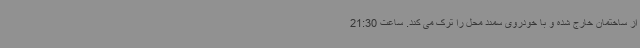
از ساختمان خارج شده و با خودروی سمند محل را ترک می کند. ساعت 21:30